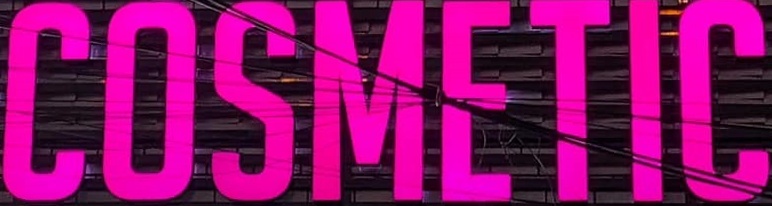
COSMETIC